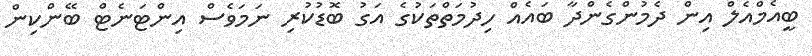
ބީއެމްއެލް އިން ދެމުންގެންދާ ބައެއް ހިދުމަތްތަކުގެ އަގު ބޮޑުކުރި ނަމަވެސް އިންޓަނެޓް ބޭންކިން